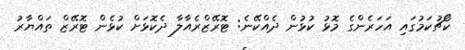
ކޯޗުކަމުގައި އަހަރެންގެ މޮޅު ކުޅުން ދެއްކޭނެ: ޓޮރޭޒްރެއާލާ ދެކޮޅަށް ކުޅެން ޓޮރޭޒް ތައްޔާރު